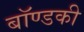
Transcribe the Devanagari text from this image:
बॉण्डकी